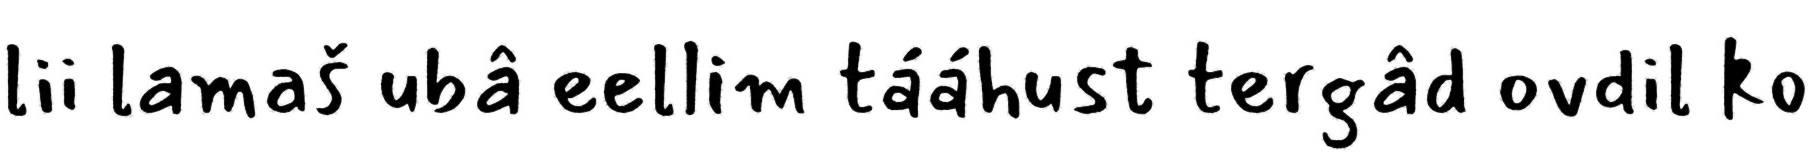
lii lamaš ubâ eellim tááhust tergâd ovdil ko